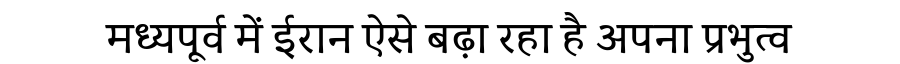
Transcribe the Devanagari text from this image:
मध्यपूर्व में ईरान ऐसे बढ़ा रहा है अपना प्रभुत्व